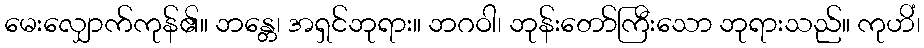
မေးလျှောက်ကုန်၏။ ဘန္တေ၊ အရှင်ဘုရား။ ဘဂဝါ၊ ဘုန်းတော်ကြီးသော ဘုရားသည်။ ကုဟိံ၊